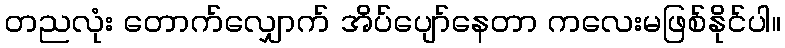
တညလုံး တောက်လျှောက် အိပ်ပျော်နေတာ ကလေးမဖြစ်နိုင်ပါ။